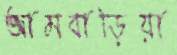
আমবাড়িয়া